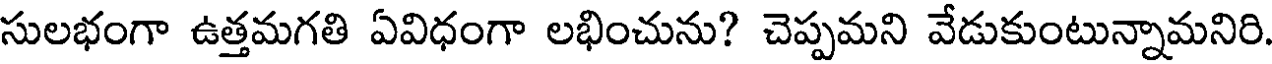
సులభంగా ఉత్తమగతి ఏవిధంగా లభించును? చెప్పమని వేడుకుంటున్నామనిరి